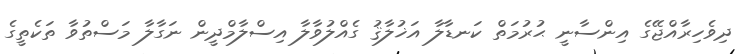
ދިވެހިރާއްޖޭގެ އިންސާނީ ޙުރުމަތް ކަނޑާލާ އަޚުލާޤު ގެއްލުވާލާ އިސްލާމްދީން ނަގާލާ މަސްތުވާ ތަކެތީގެ